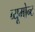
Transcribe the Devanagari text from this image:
ब्यूमोन्ट